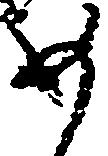
め